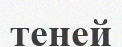
теней